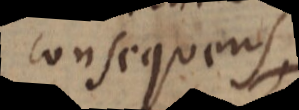
consequens